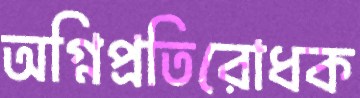
অগ্নিপ্রতিরোধক